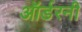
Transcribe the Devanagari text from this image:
ऑर्डरनी